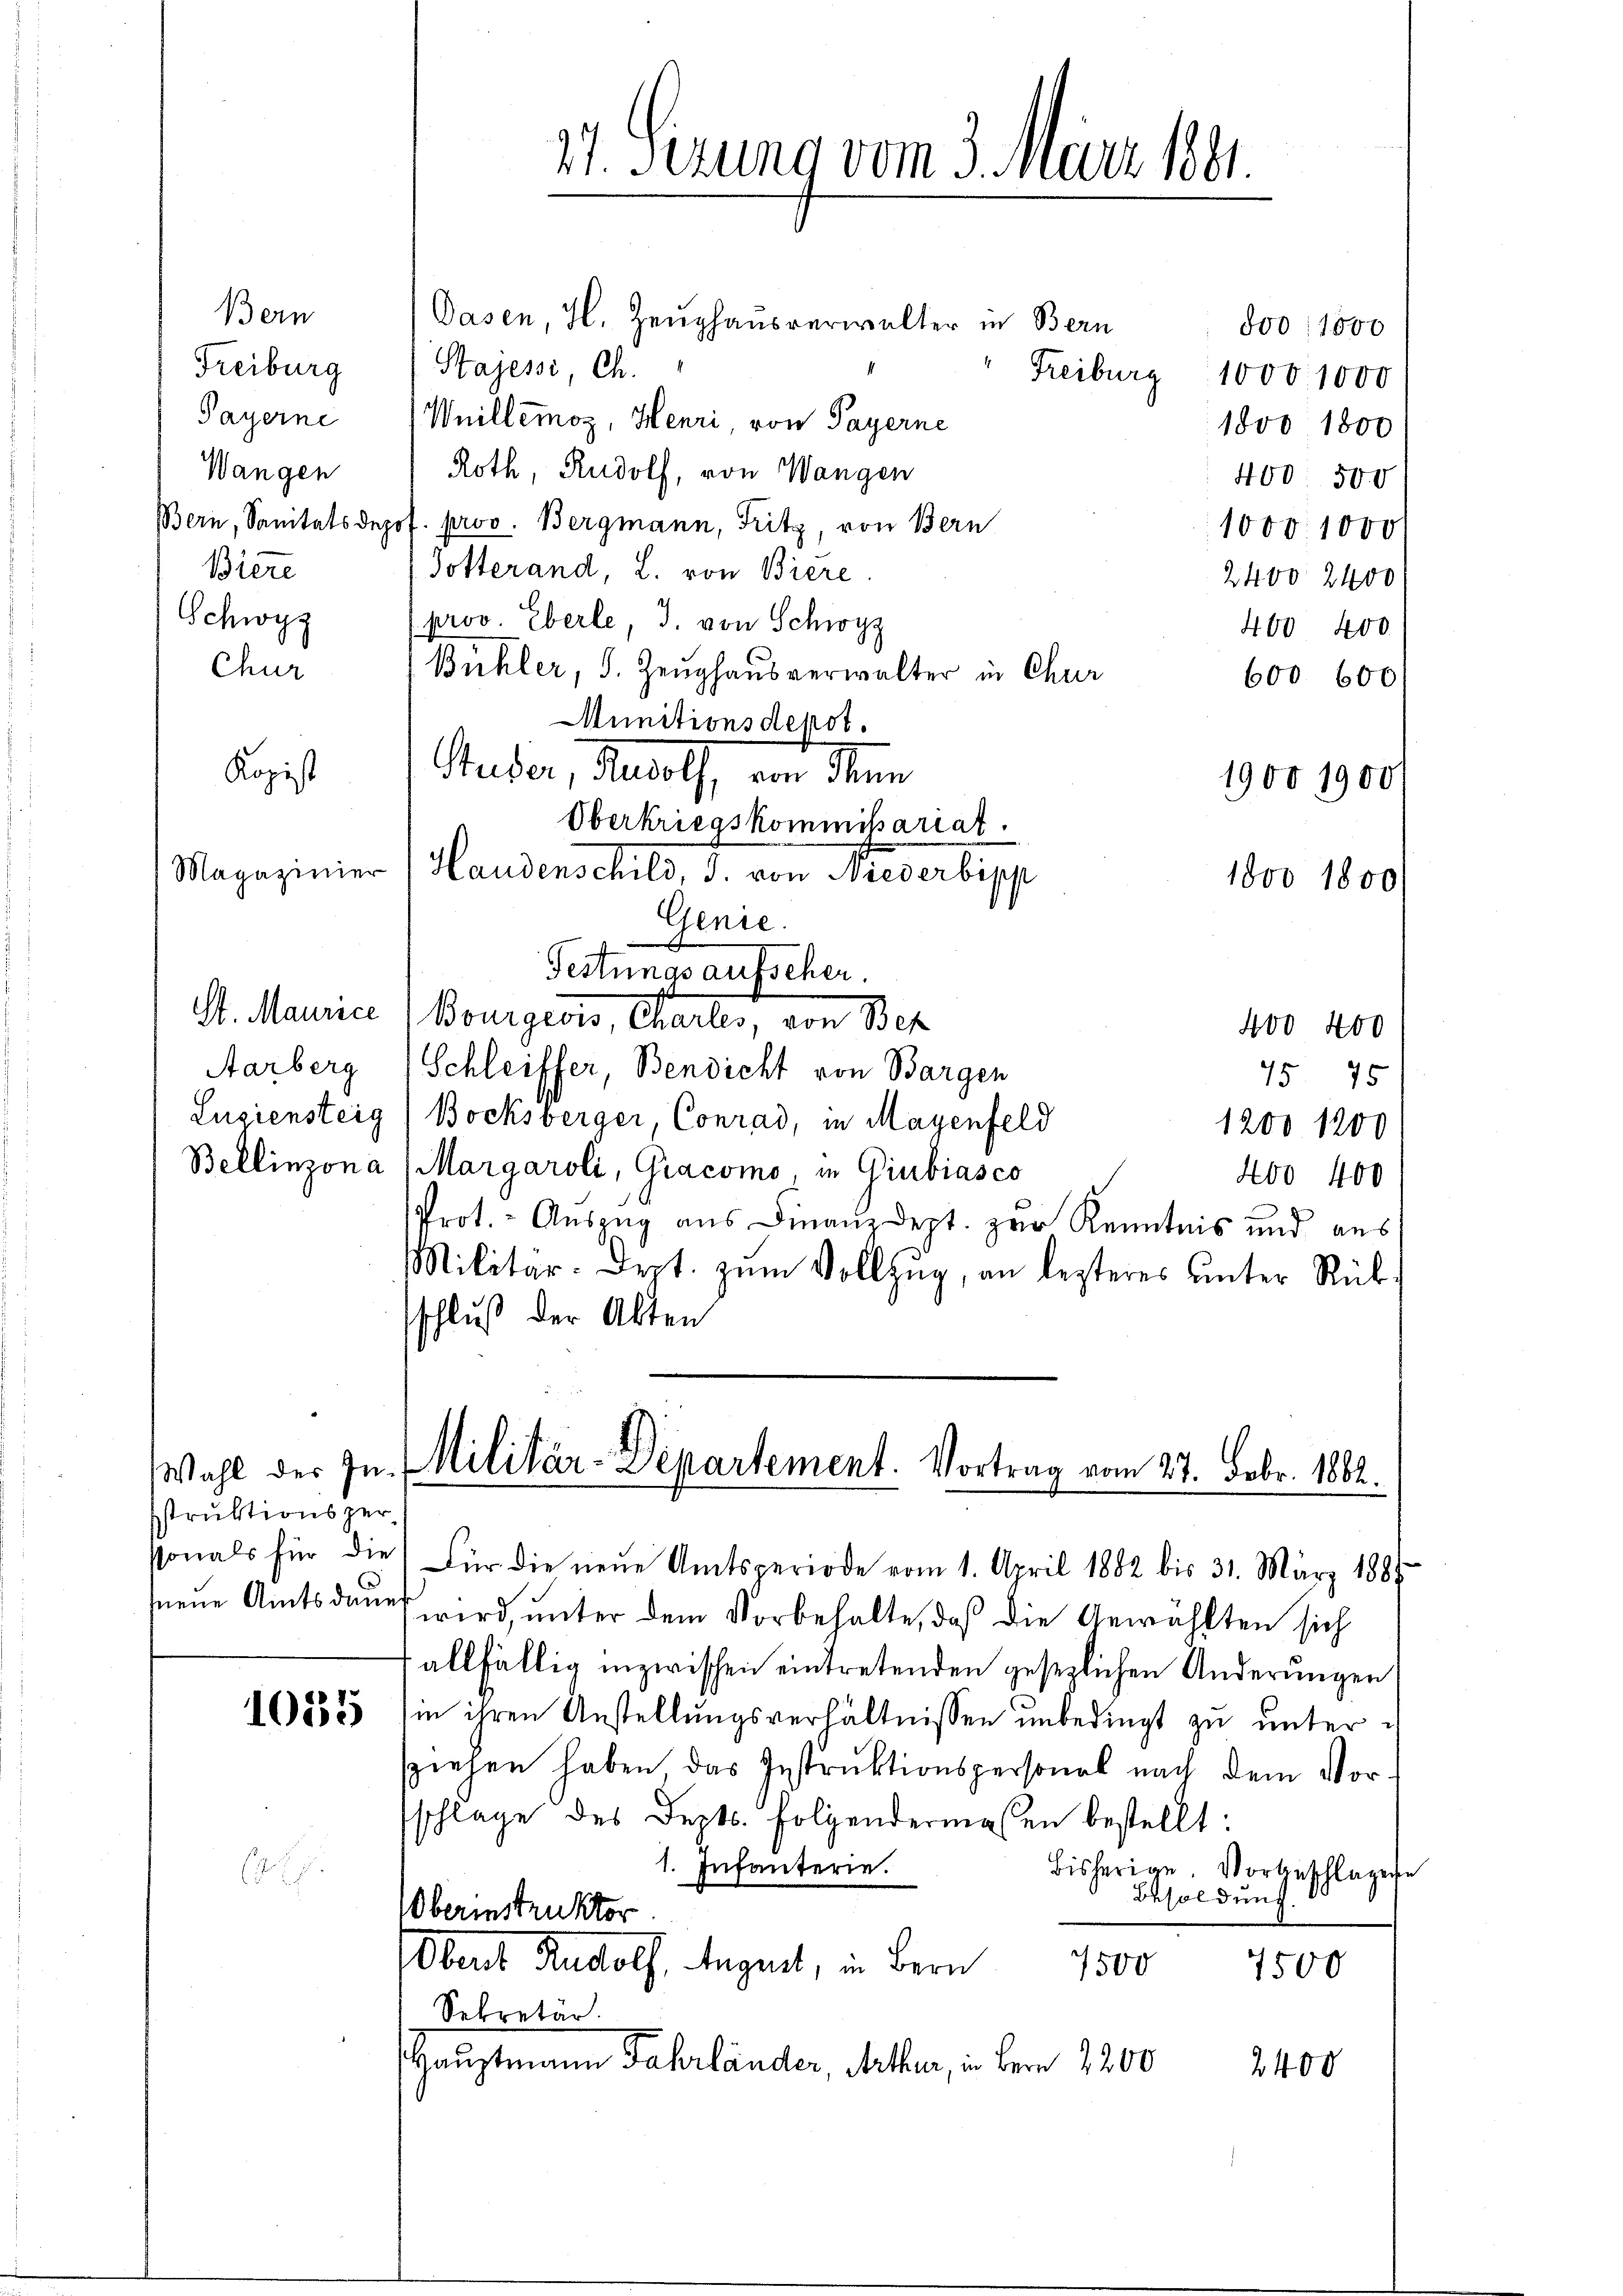
Dasen, H. Zeughausverwalter in Bern
800 : 1000
Stajessi, Ch.
Freiburg 10001000
Payerne (Willemoz, Henri, von Payerne
1800 1800
Roth, Rudolf, von Wangen
400. 500
Bern, Sanitäts depos. prov. Bergmann, Fritz, von Bern
1000. 1000
Dotterand, L. von Biere
2400 2400
(prov. Eberle, J. von Schwyz
400 400
Chur
Bühler, S. Zeughausverwalter in Chur
600 600)
Munitionsdepot.
Kopist
Guder, Heroll, von den
1900 1900
Oberkriegskommißariat.
Magazinier (Hauderschils, d. von Nieverbipp
1800 1800
Genie.
Festungsaufscher.
S. Maurice " Bougier, Charter, von Bet
400 400
Aarberg (Schleiffer, Bendicht von Bargen
75 75
Lugiensteig (Bocksberger, Conrad, in Mayenfeld
1200 1200
Bellinzona Margaroli, Gracomo in Giubiasco
400 400
Prot. - Auszug aus Finanzdept. zur Kenntnis und aus
Militär-Dept. zŭm Vollzug, an lezteres ŭnter Rüksschluß der Akten

struktionsperneue Amtsdauer

Bern
Freiburg
Wangen
Biere
Schwyz

21. Sezung vom 3. März 1881

Wahl der In. Militär-Departement. Vortrag vom 27. Febr. 1882.
sonals für die für die neŭe Amtsperiode vom 1. April 1882 bis 31. März 1881

wird, unter dem Vorbehalte, daß die Gewählten sich
allfällig inzwischen eintretenden gesezlichen Änderungen
108555 in ihren Anstellŭngsverhältnissen unbedingt zu untersziehen haben das Instruktionspersonal nach dem Vorschlage des Depts. folgendermassen bestellt:
1. Infanterie.
bisherige. Vorgeschlagene
Besoldung
berinstruktor
Obert Rudolf, August, in Bern
7500
7500
Sekretär.
Hauptmann Jahrländer, Mither, in dem 1200
2400